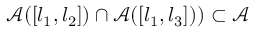
\mathcal { A } ( [ l _ { 1 } , l _ { 2 } ] ) \cap \mathcal { A } ( [ l _ { 1 } , l _ { 3 } ] ) ) \subset \mathcal { A }